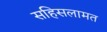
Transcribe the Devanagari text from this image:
सहिसलामत